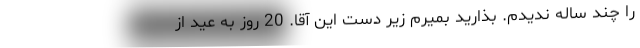
را چند ساله ندیدم. بذارید بمیرم زیر دست این آقا. 20 روز به عید از